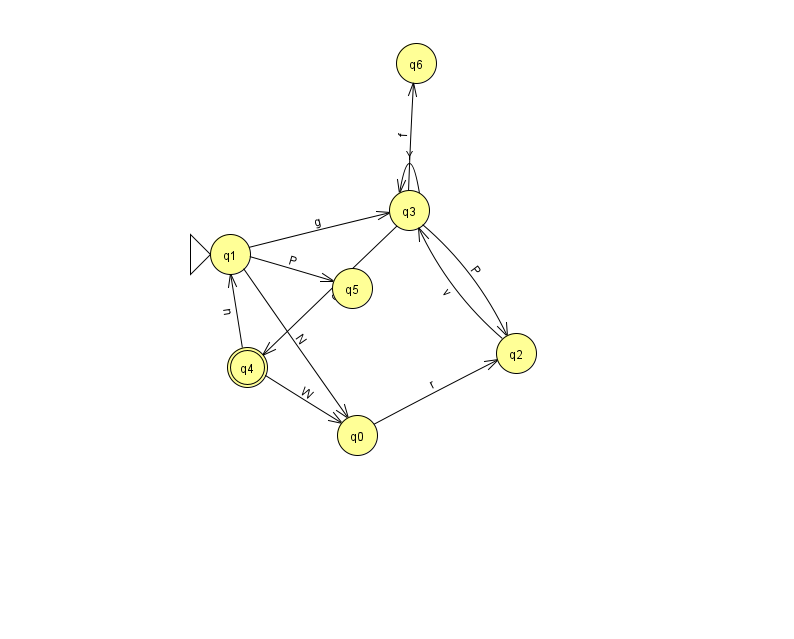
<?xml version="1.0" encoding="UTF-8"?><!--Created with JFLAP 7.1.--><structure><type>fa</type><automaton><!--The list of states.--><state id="0" name="q0"><x>357.0</x><y>422.0</y></state><state id="1" name="q1"><x>230.0</x><y>241.0</y><initial/></state><state id="2" name="q2"><x>516.0</x><y>340.0</y></state><state id="3" name="q3"><x>409.0</x><y>197.0</y></state><state id="4" name="q4"><x>247.0</x><y>354.0</y><final/></state><state id="5" name="q5"><x>352.0</x><y>275.0</y></state><state id="6" name="q6"><x>416.0</x><y>50.0</y></state><!--The list of transitions.--><transition><from>3</from><to>4</to><read>q</read></transition><transition><from>1</from><to>3</to><read>g</read></transition><transition><from>3</from><to>2</to><read>P</read></transition><transition><from>1</from><to>5</to><read>P</read></transition><transition><from>1</from><to>0</to><read>N</read></transition><transition><from>2</from><to>3</to><read>v</read></transition><transition><from>3</from><to>3</to><read>Y</read></transition><transition><from>4</from><to>0</to><read>W</read></transition><transition><from>4</from><to>1</to><read>n</read></transition><transition><from>0</from><to>2</to><read>r</read></transition><transition><from>3</from><to>6</to><read>f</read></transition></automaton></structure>